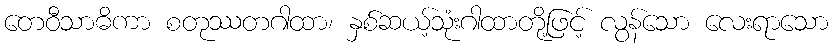
တေဝီသာဓိကာ စတုဿတဂါထာ၊ နှစ်ဆယ့်သုံးဂါထာတို့ဖြင့် လွန်သော လေးရာသော